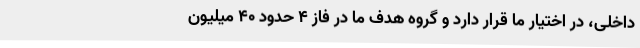
داخلی، در اختیار ما قرار دارد و گروه هدف ما در فاز ۴ حدود ۴۰ میلیون